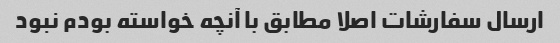
ارسال سفارشات اصلا مطابق با آنچه خواسته بودم نبود